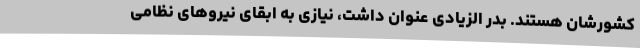
کشورشان هستند. بدر الزیادی عنوان داشت، نیازی به ابقای نیروهای نظامی